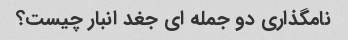
نامگذاری دو جمله ای جغد انبار چیست؟